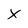
Character: X